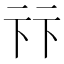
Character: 𠧥